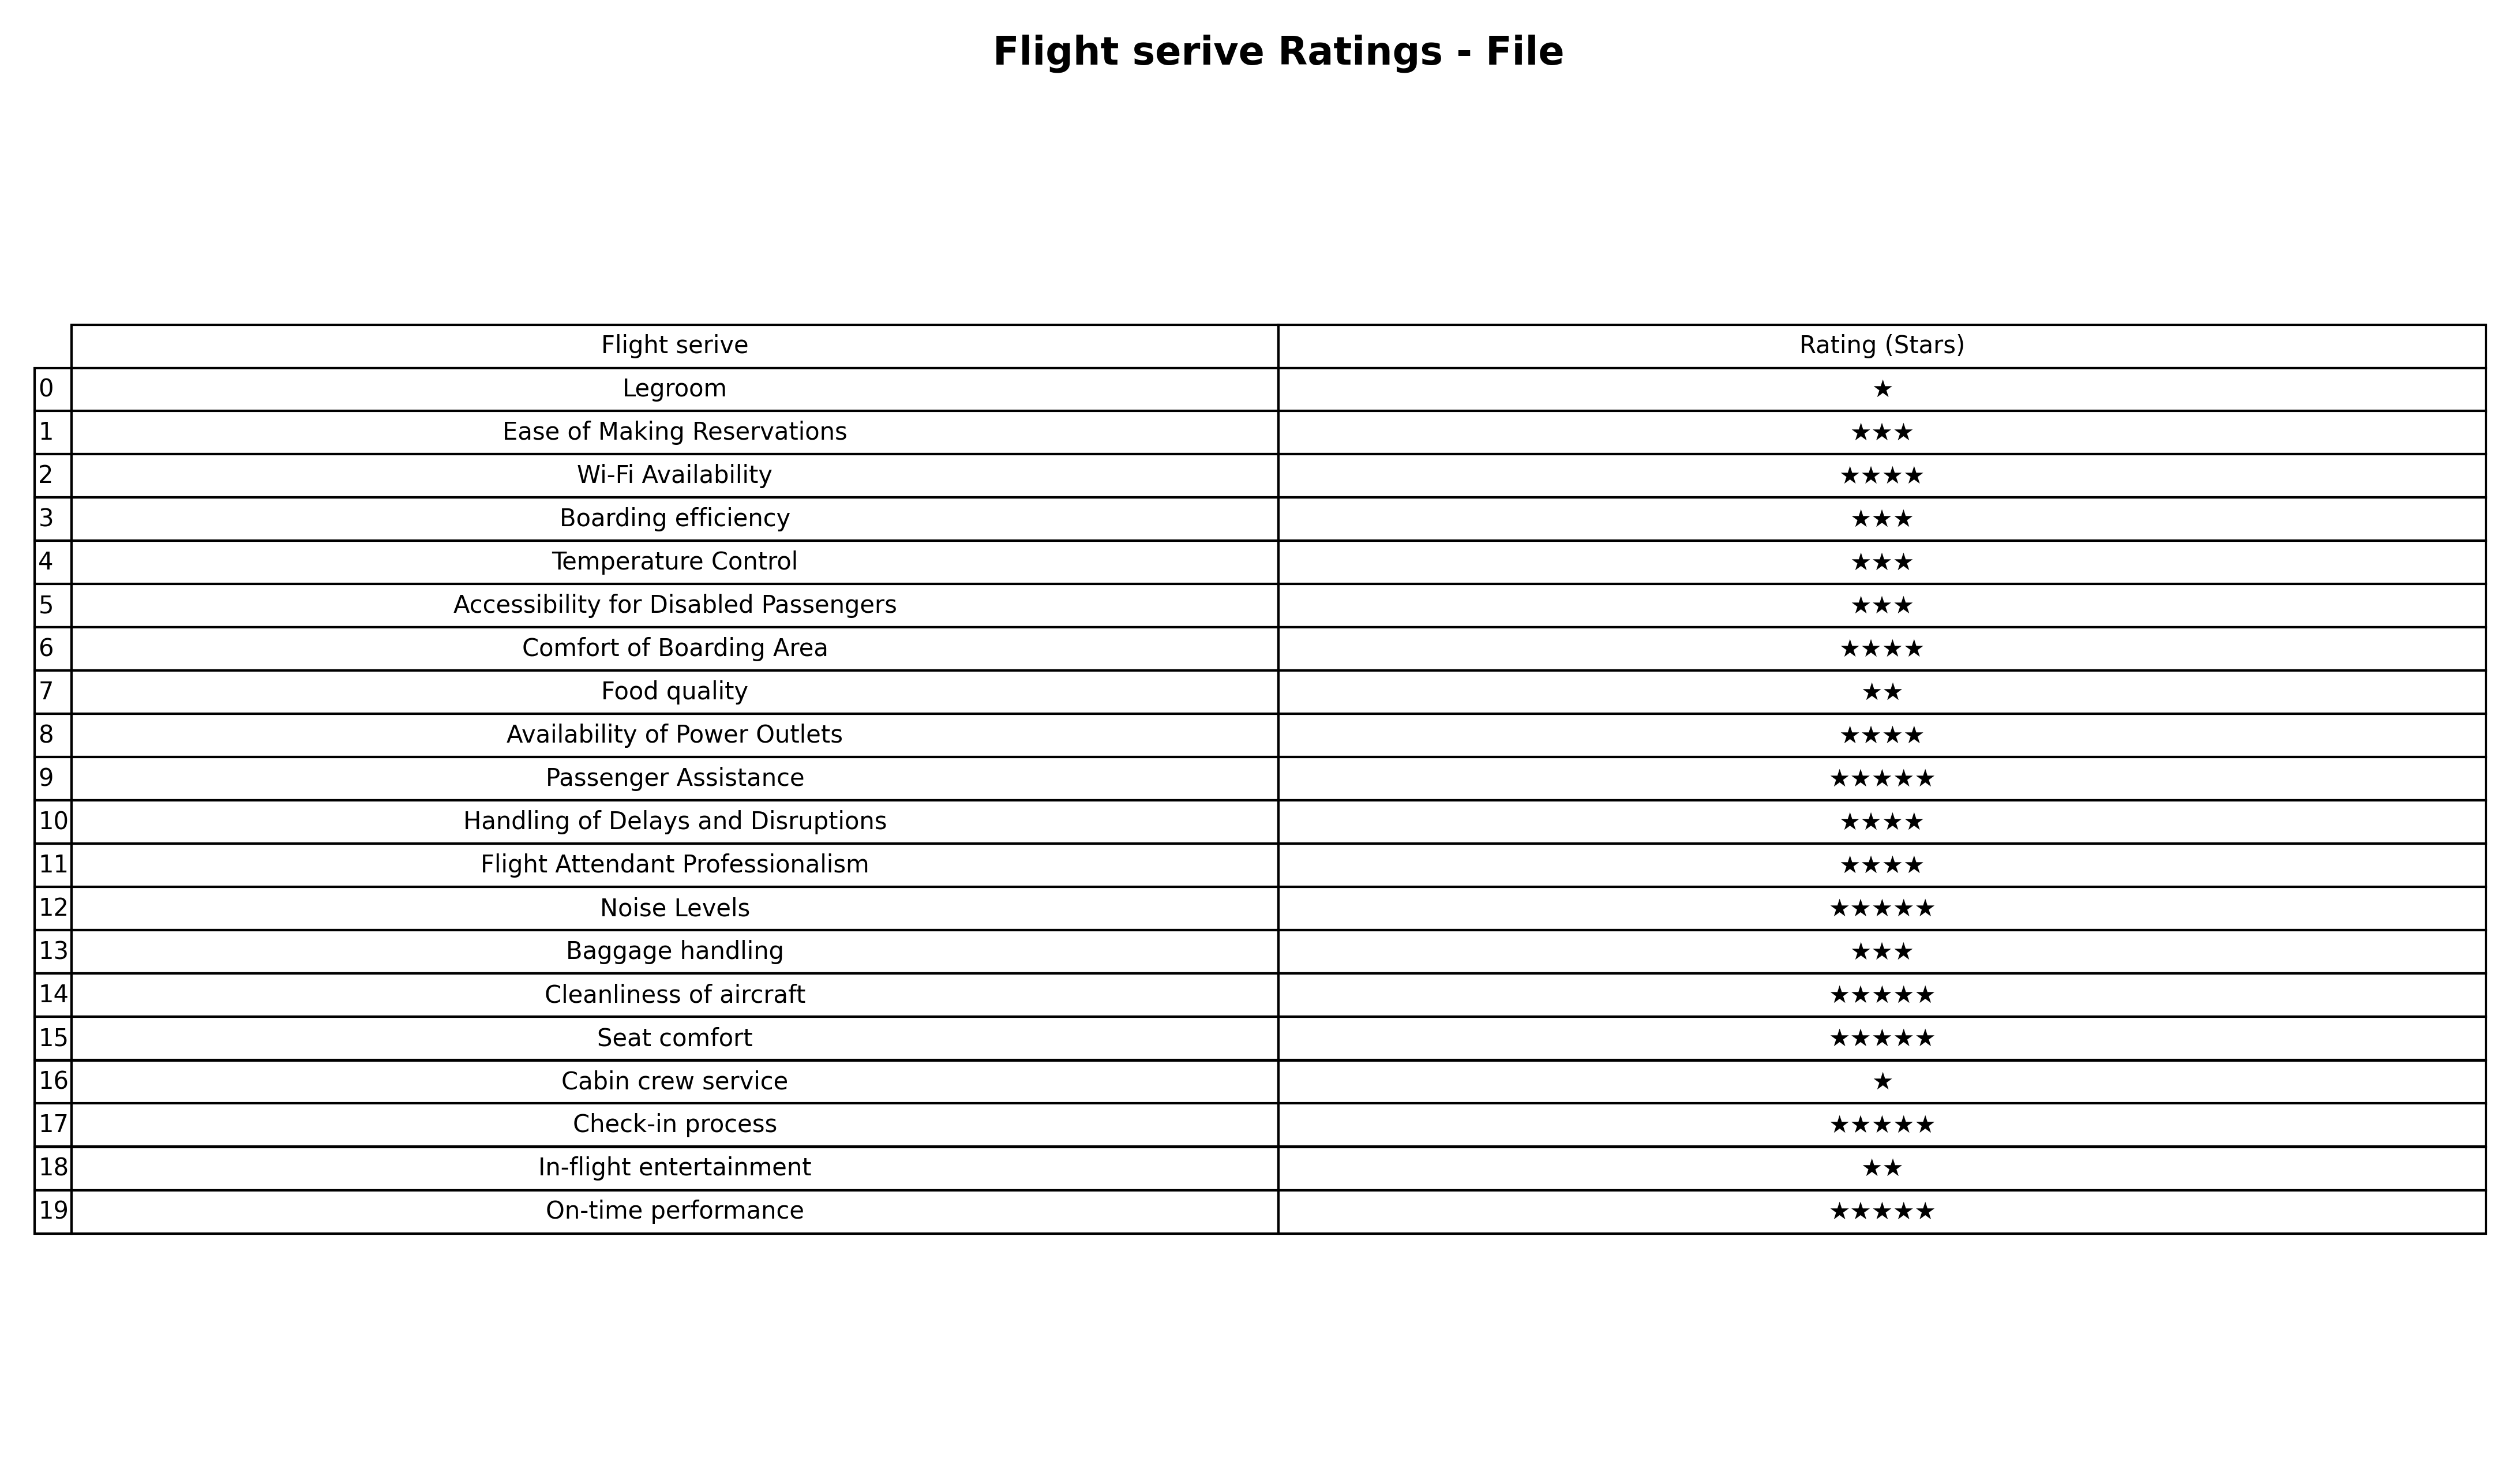
question: What is the rating of Comfort of Boarding Area?
answer: ★★★★